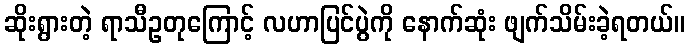
ဆိုးရွားတဲ့ ရာသီဥတုကြောင့် လဟာပြင်ပွဲကို နောက်ဆုံး ဖျက်သိမ်းခဲ့ရတယ်။